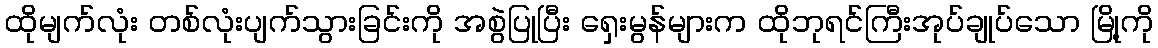
ထိုမျက်လုံး တစ်လုံးပျက်သွားခြင်းကို အစွဲပြုပြီး ရှေးမွန်များက ထိုဘုရင်ကြီးအုပ်ချုပ်သော မြို့ကို